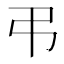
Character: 弔